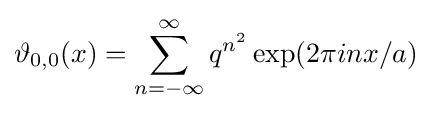
\vartheta _{0,0}(x)=\sum _{n=-\infty }^{\infty }q^{n^{2}}\exp(2\pi inx/a)